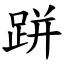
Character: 跰